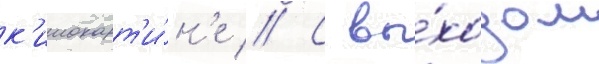
к'инокарт'и́н'е // С вы́ходом